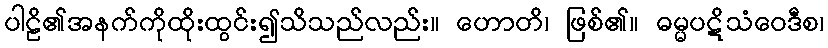
ပါဠိ၏အနက်ကိုထိုးထွင်း၍သိသည်လည်း။ ဟောတိ၊ ဖြစ်၏။ ဓမ္မပဋိသံဝေဒီစ၊